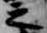
之